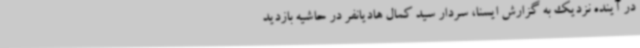
در آینده نزدیک به گزارش ایسنا، سردار سید کمال هادیانفر در حاشیه بازدید